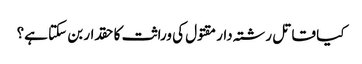
کیا قاتل رشتہ دار مقتول کی وراثت کا حقدار بن سکتا ہے؟